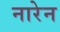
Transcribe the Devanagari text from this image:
नारेन